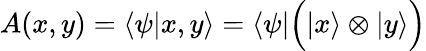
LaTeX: A(x,y)=\langle\psi|x,y\rangle=\langle\psi|{\Big(}|x\rangle\otimes|y\rangle{\Big)}